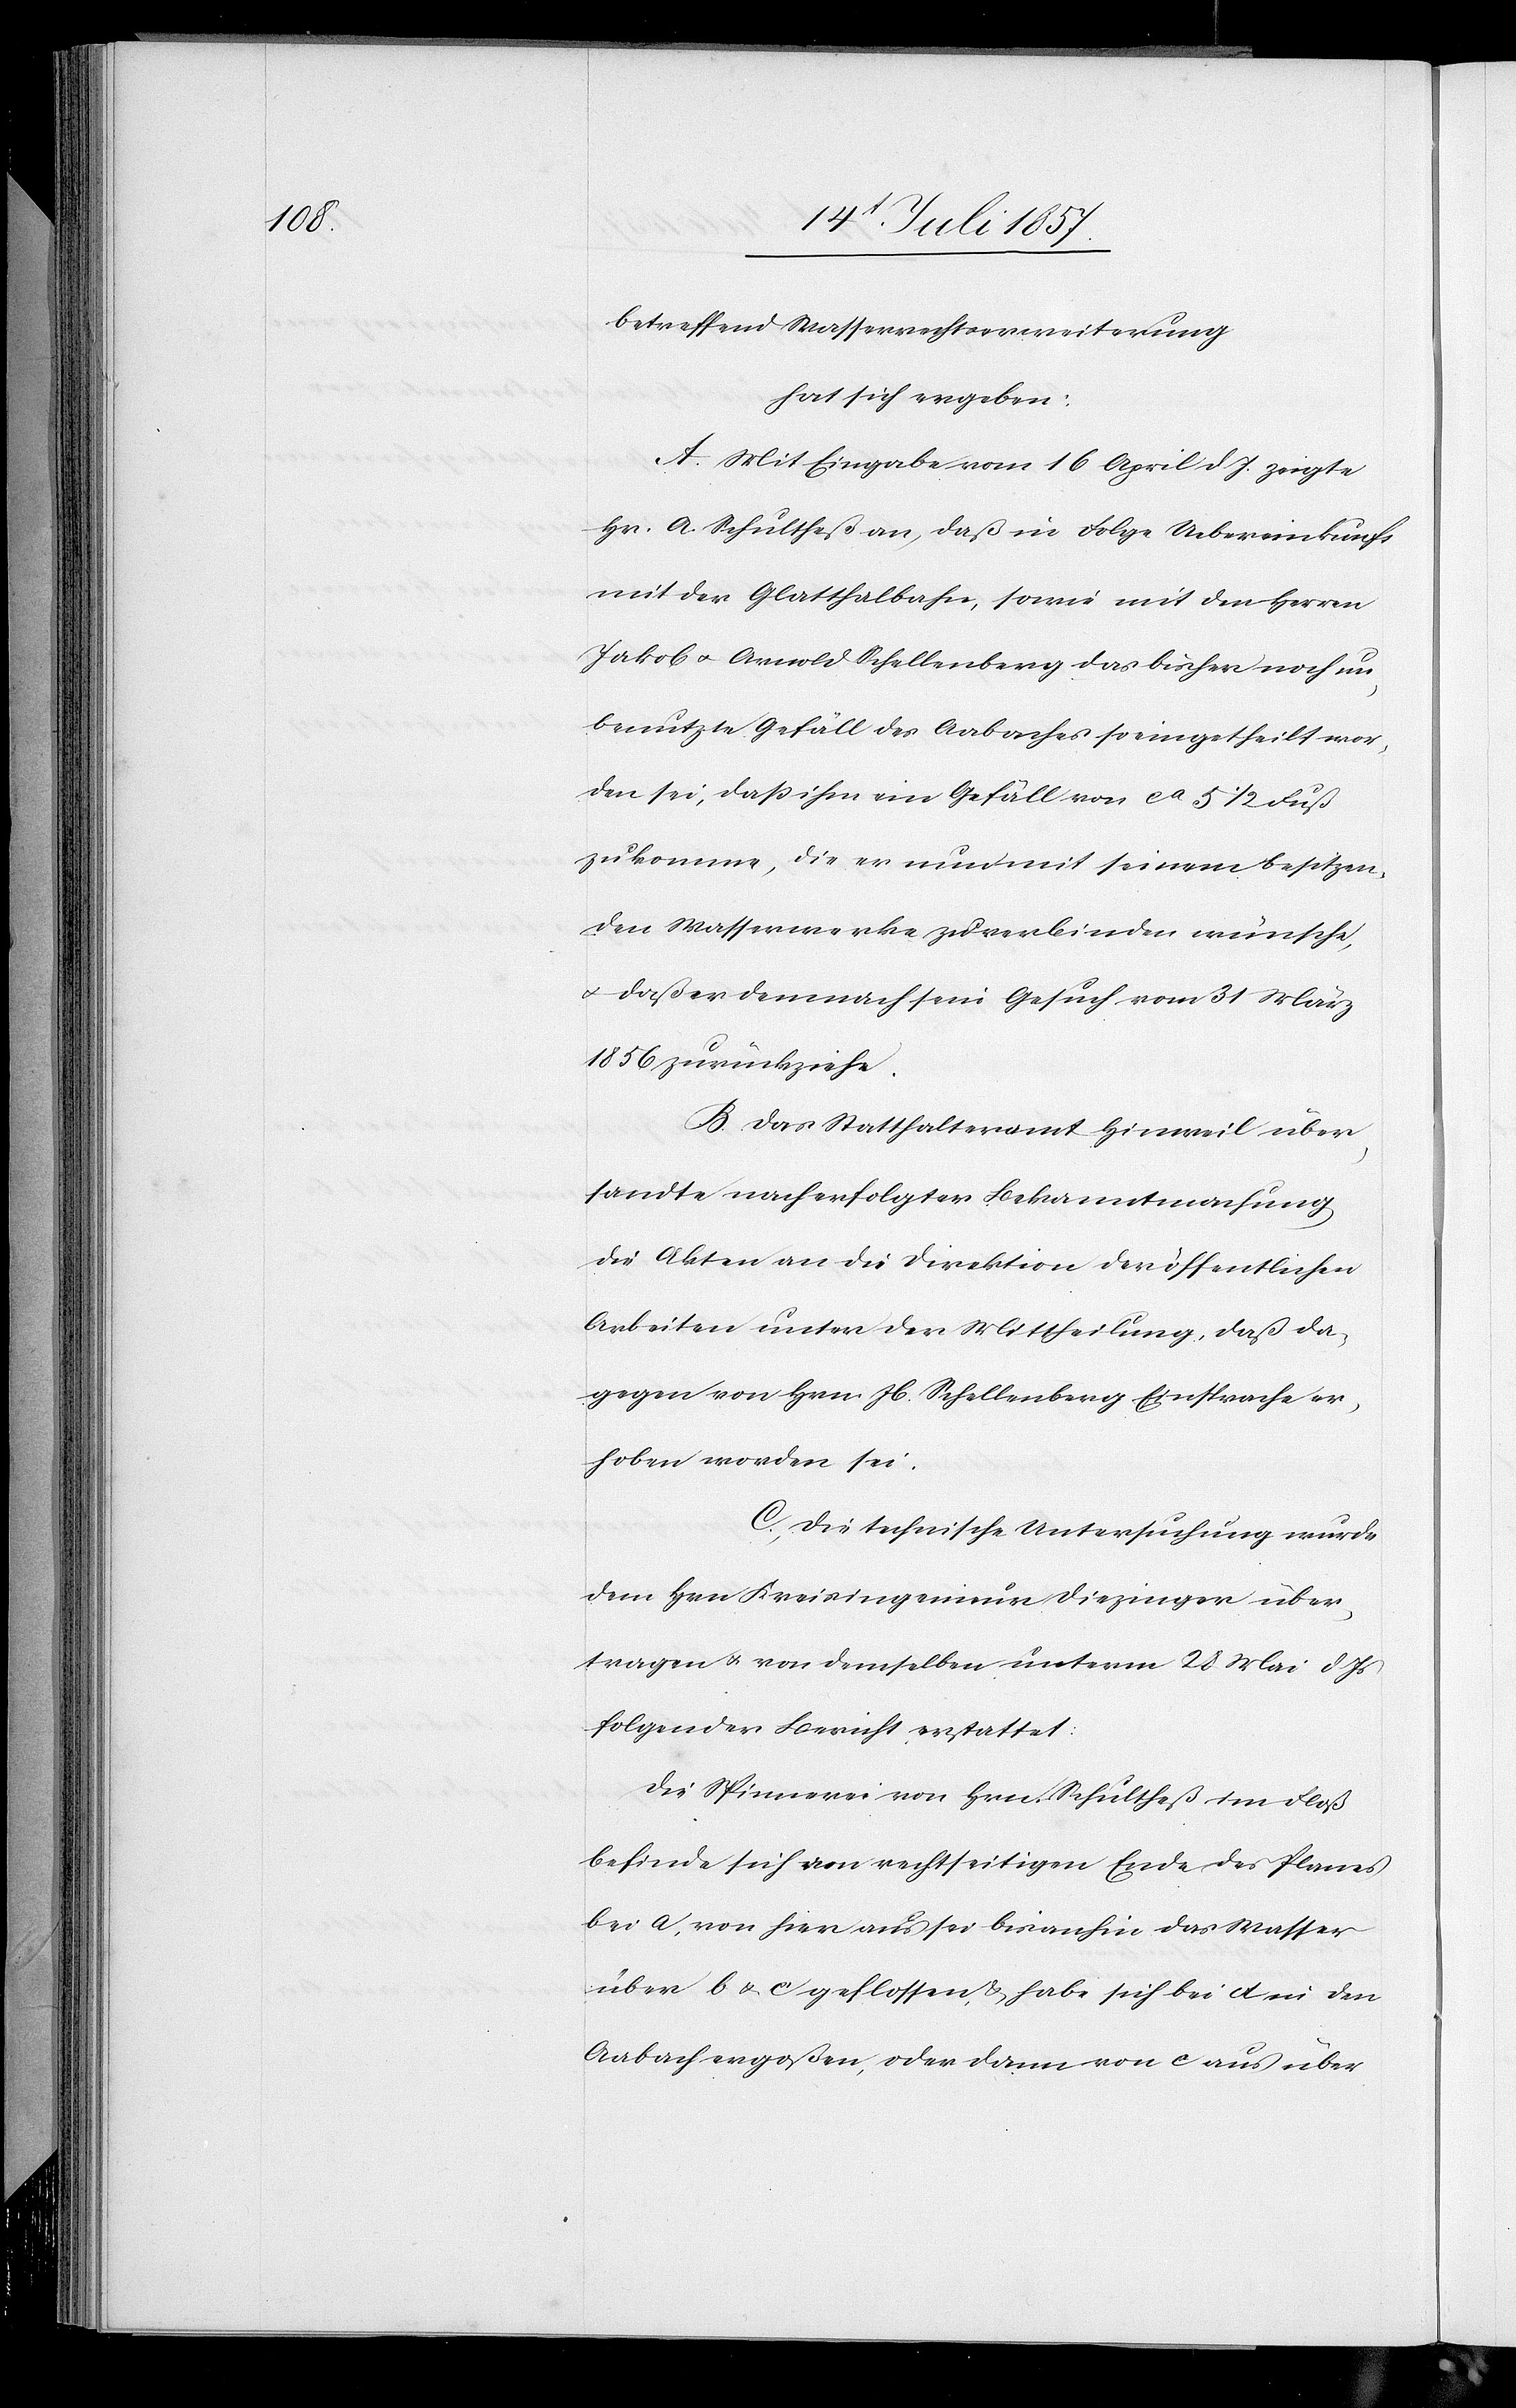
betreffend Wasserrechtserweiterung.
Hat sich ergeben:
a. Mit Eingabe vom 16 April d. J., zeigte
Hr. A. Schultheß an, daß in Folge Uebereinkunft
mit der Glatthalbahn, sowie mit den Herren
Jakob & Arnold Schellenberg das bisher noch un¬
benutzte Gefäll des Aabaches so eingetheilt wor¬
den sei, daß ihm ein Gefäll von ca 5 1/2 Fuß
zukomme, die er nun mit seinem besitzen¬
den Wasserwerke zu verbinden wünsche,
& daß er demnach sein Gesuch vom 31 März
1856 zurückziehe.
B. Das Statthalteramt Hinweil über¬
sandte nach erfolgter Bekanntmachung
die Akten an die Direktion der öffentlichen
Arbeiten unter der Mittheilung, daß da¬
gegen von Hrn. Jb. Schellenberg Einsprache er¬
hoben worden sei.
C. Die technische Untersuchung wurde
dem Hrn. Kreisingenieur Diezinger über¬
tragen & von demselben unterm 28 Mai d. Js.
folgender Bericht erstattet:
Die Spinnerei von Hrn. Schultheß im Floß
befinde sich am rechtseitigen Ende des Planes
bei a, von hier aus sei bis anhin das Wasser
über b & c geflossen, & habe sich bei d in den
Aabach ergoßen, oder dann von c aus über